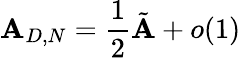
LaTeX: {\cal\mathbf{A}}_{D,N}=\frac{1}{2}\tilde{{\cal\mathbf{A}}}+o(1)